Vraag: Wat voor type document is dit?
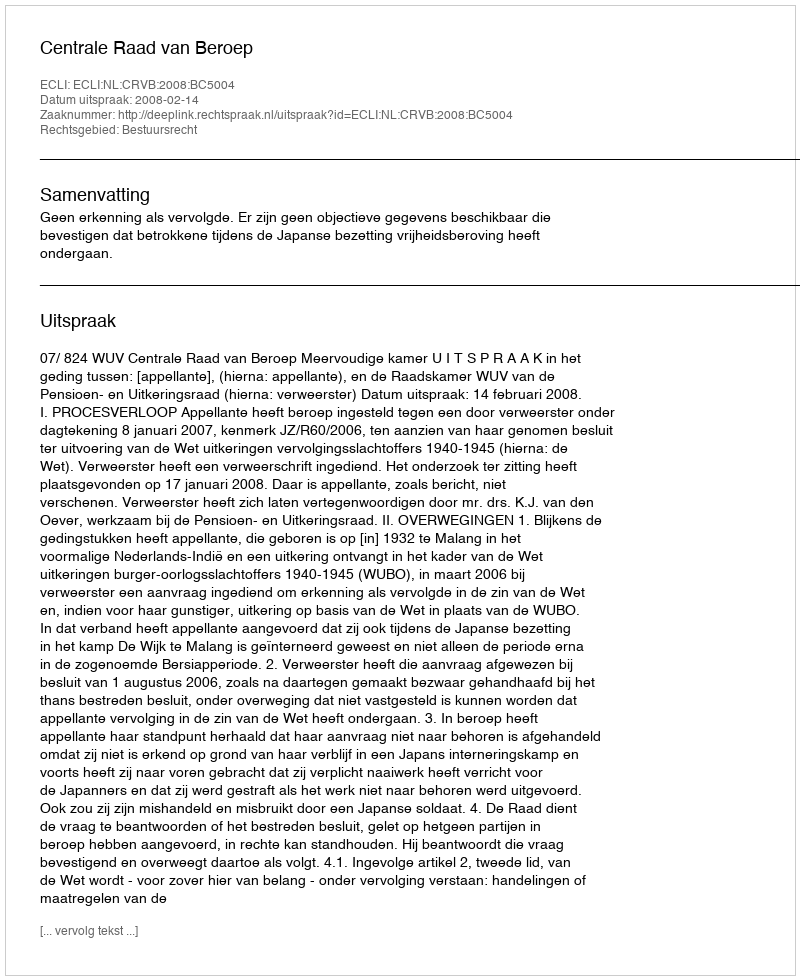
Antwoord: Uitspraak